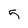
Character: 5